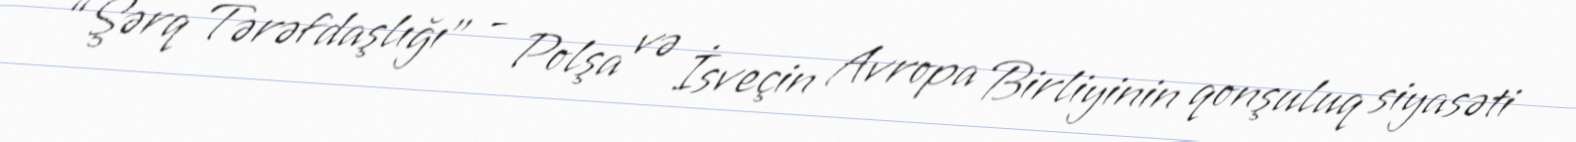
“Şərq Tərəfdaşlığı” - Polşa və İsveçin Avropa Birliyinin qonşuluq siyasəti